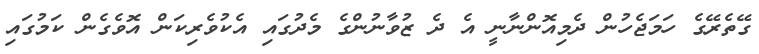
ގޭތެރޭގެ ހަމަޖެހުން ދެމިއޮންނާނީ އެ ދެ ޒުވާނުންގެ މެދުގައި އެކުވެރިކަން އޮވެގެން ކަމުގައި